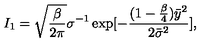
I _ { 1 } = \sqrt { \frac { \beta } { 2 \pi } } \sigma ^ { - 1 } \exp [ - \frac { ( 1 - \frac { \beta } { 4 } ) { \bar { y } } ^ { 2 } } { 2 { \bar { \sigma } } ^ { 2 } } ] ,